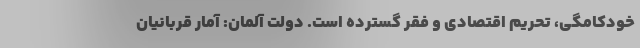
خودکامگی، تحریم اقتصادی و فقر گسترده است. دولت آلمان: آمار قربانیان